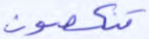
تنكصون